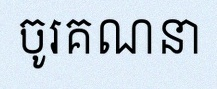
ចូរគណនា